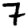
Digit: 7